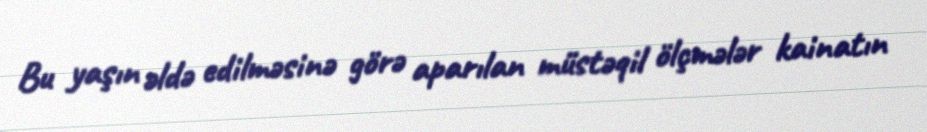
Bu yaşın əldə edilməsinə görə aparılan müstəqil ölçmələr kainatın